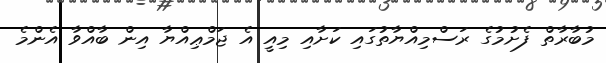
މުބާރާތް ފެށުމުގެ ރަސްމިއްޔާތުގައި ކަށާއި މިއީ އެ ޖަމްޢިއްޔާ އިން ބާއްވާ އެންމެ